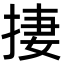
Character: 捿